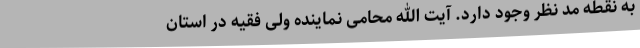
به نقطه مد نظر وجود دارد. آیت الله محامی نماینده ولی فقیه در استان